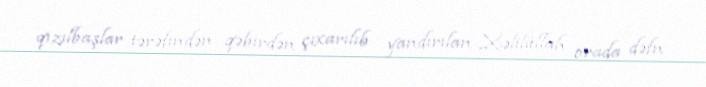
qızılbaşlar tərəfindən qəbirdən çıxarılıb yandırılan Xəlilüllah orada dəfn